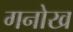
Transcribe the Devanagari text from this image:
गनोख